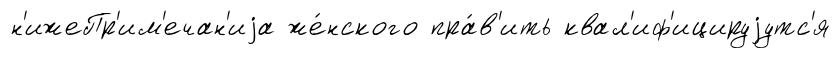
н'ижеПр'им'ечан'иjа же́нского пра́в'ить квал'иф'ицируjутс'я